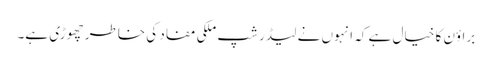
براؤن کا خیال ہے کہ انہوں نے لیڈر شپ ملکی مفاد کی خاطر چھوڑی ہے۔